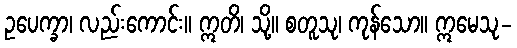
ဥပေက္ခာ၊ လည်းကောင်း။ ဣတိ၊ သို့။ စတူသု၊ ကုန်သော။ ဣမေသု-